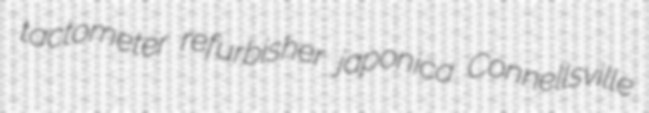
tactometer refurbisher japonica Connellsville